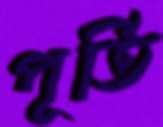
পূর্তি